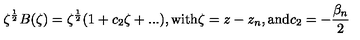
\zeta ^ { \frac { 1 } { 2 } } B ( \zeta ) = \zeta ^ { \frac { 1 } { 2 } } ( 1 + c _ { 2 } \zeta + . . . ) , \mathrm { w i t h } \zeta = z - z _ { n } , \mathrm { a n d } c _ { 2 } = - \frac { \beta _ { n } } { 2 }